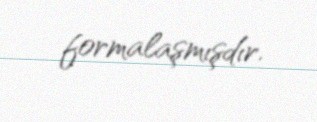
formalaşmışdır.